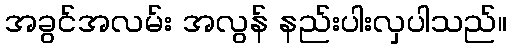
အခွင်အလမ်း အလွန် နည်းပါးလှပါသည်။